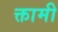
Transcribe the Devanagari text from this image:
क्तामी